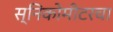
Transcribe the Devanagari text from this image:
स्निकोमीटरचा